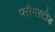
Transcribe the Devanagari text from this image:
फ्लैमस्टीड